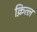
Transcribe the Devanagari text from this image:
क़ित्ल